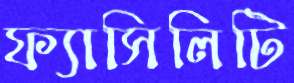
ফ্যাসিলিটি